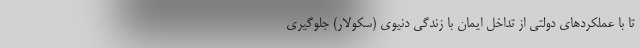
تا با عملکردهای دولتی از تداخل ایمان با زندگی دنیوی (سکولار) جلوگیری